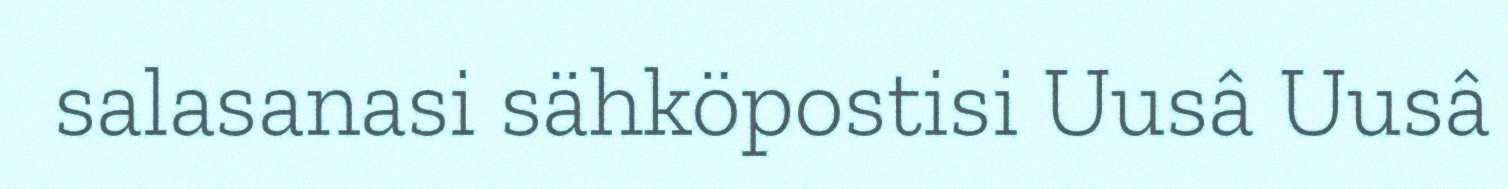
salasanasi sähköpostisi Uusâ Uusâ